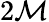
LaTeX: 2\mathcal{M}